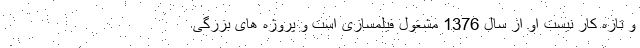
و تازه کار نیست او از سال 1376 مشغول فیلمسازی است و پروژه های بزرگی